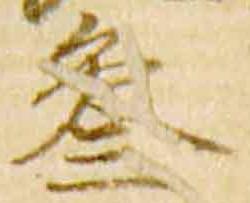
参